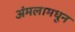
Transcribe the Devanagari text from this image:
अंमलामधून